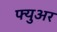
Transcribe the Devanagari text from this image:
फ्युअर